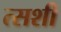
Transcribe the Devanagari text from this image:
त्सशी